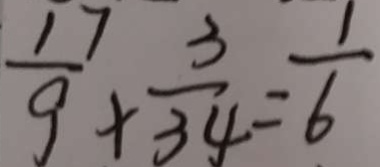
\frac { 1 7 } { 9 } \times \frac { 3 } { 3 4 } = \frac { 1 } { 6 }